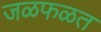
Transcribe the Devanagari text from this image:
जळफळत